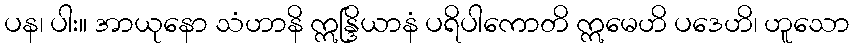
ပန၊ ပါး။ အာယုနော သံဟာနိ ဣန္ဒြိယာနံ ပရိပါကောတိ ဣမေဟိ ပဒေဟိ၊ ဟူသော